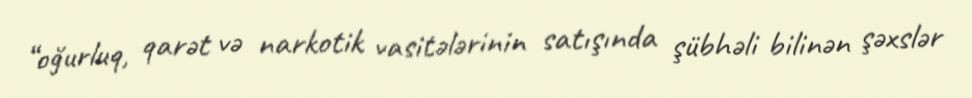
“oğurluq, qarət və narkotik vasitələrinin satışında şübhəli bilinən şəxslər